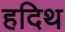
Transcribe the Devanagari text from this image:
हदिथ